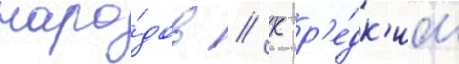
наро́дов // К р'е́дк'им